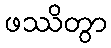
ဖဿိတွာ